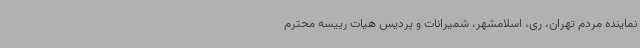
نماینده مردم تهران، ری، اسلامشهر، شمیرانات و پردیس هیات رییسه محترم